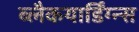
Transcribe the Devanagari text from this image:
ब्लैकयार्डिंग्न्स